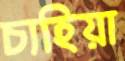
চাহিয়া